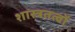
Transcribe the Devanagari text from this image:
शास्त्रतत्वों